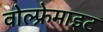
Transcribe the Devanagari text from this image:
वोल्फ्रेमाइट